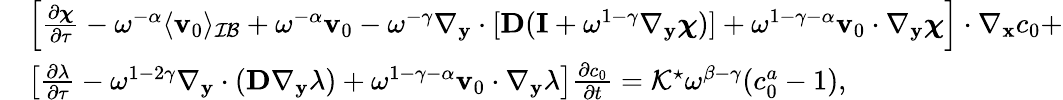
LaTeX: \begin{array}{rl}&{\left[\frac{\partial\boldsymbol\chi}{\partial\tau}-\omega^{-\alpha}\langle\mathbf v_{0}\rangle_{\mathcal{IB}}+\omega^{-\alpha}\mathbf v_{0}-\omega^{-\gamma}\nabla_{\mathbf y}\cdot[\mathbf D(\mathbf I+\omega^{1-\gamma}\nabla_{\mathbf y}\boldsymbol\chi)]+\omega^{1-\gamma-\alpha}\mathbf v_{0}\cdot\nabla_{\mathbf y}\boldsymbol\chi\right]\cdot\nabla_{\mathbf x}c_{0}+}\\ &{\left[\frac{\partial\lambda}{\partial\tau}-\omega^{1-2\gamma}\nabla_{\mathbf y}\cdot(\mathbf D\nabla_{\mathbf y}\lambda)+\omega^{1-\gamma-\alpha}\mathbf v_{0}\cdot\nabla_{\mathbf y}\lambda\right]\frac{\partial c_{0}}{\partial t}=\mathcal{K}^{\star}\omega^{\beta-\gamma}(c_{0}^{a}-1),}\end{array}